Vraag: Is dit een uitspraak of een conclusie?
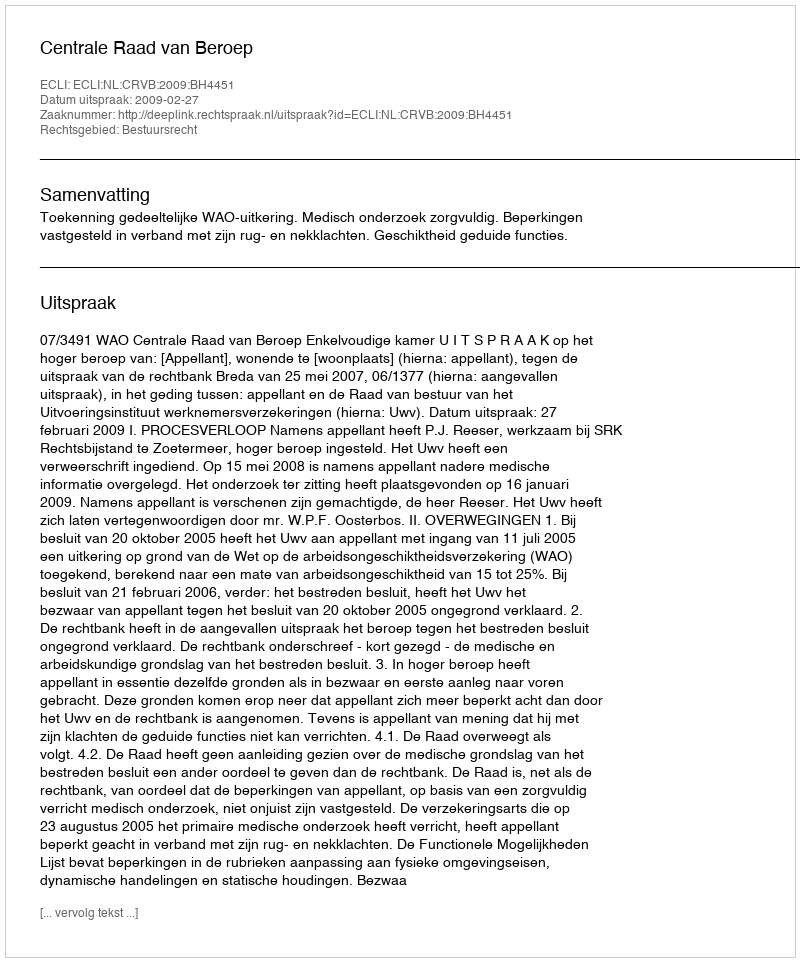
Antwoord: Uitspraak